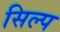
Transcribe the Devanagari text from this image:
सिल्प